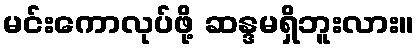
မင်းကောလုပ်ဖို့ ဆန္ဒမရှိဘူးလား။